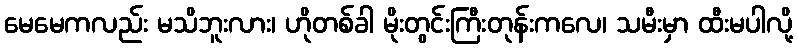
မေမေကလည်း မသိဘူးလား၊ ဟိုတစ်ခါ မိုးတွင်းကြီးတုန်းကလေ၊ သမီးမှာ ထီးမပါလို့